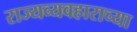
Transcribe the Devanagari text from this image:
राज्यव्यवहाराच्या